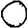
Digit: 0